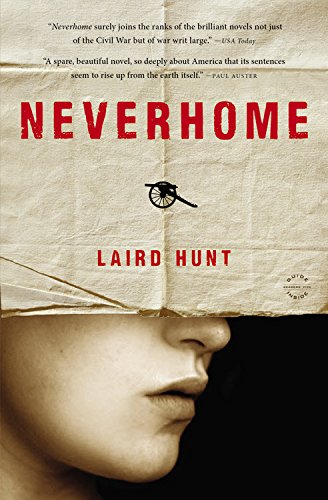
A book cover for Neverhome; Laird Hunt; Literature & Fiction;